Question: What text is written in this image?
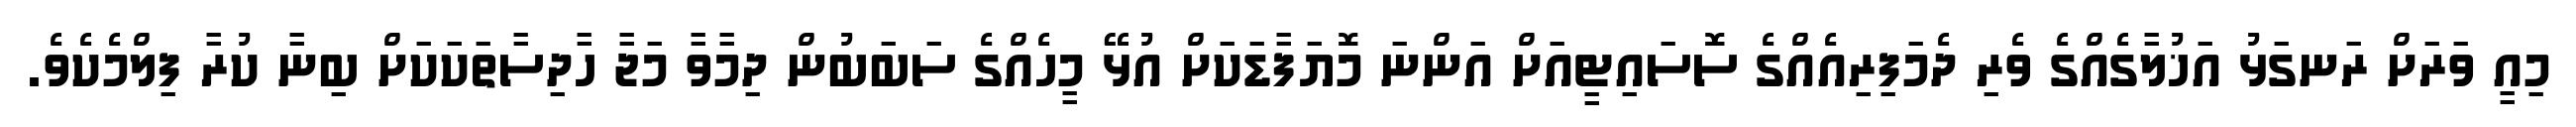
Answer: މިއީ ވަރަށް ރަނގަޅު އަޚުލާގެއްގެ ވެރި ދެމަފިރިއެއްގެ ސޮސައިޓީއަށް އަންނަ މޮޔަފާޑަކަށް އުޅޭ މީހެއްގެ ސަބަބުން ދިމާވާ މަޖާ ހާދިސާތަކަކަށް ބިނާ ކުރާ ފިލްމެކެވެ.